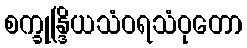
စက္ခုန္ဒြိယသံဝရသံဝုတော